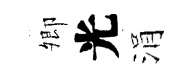
𡖖光涓